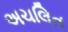
અચલિત